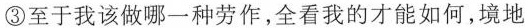
③至于我该做哪一种劳作，全看我的才能如何，境地